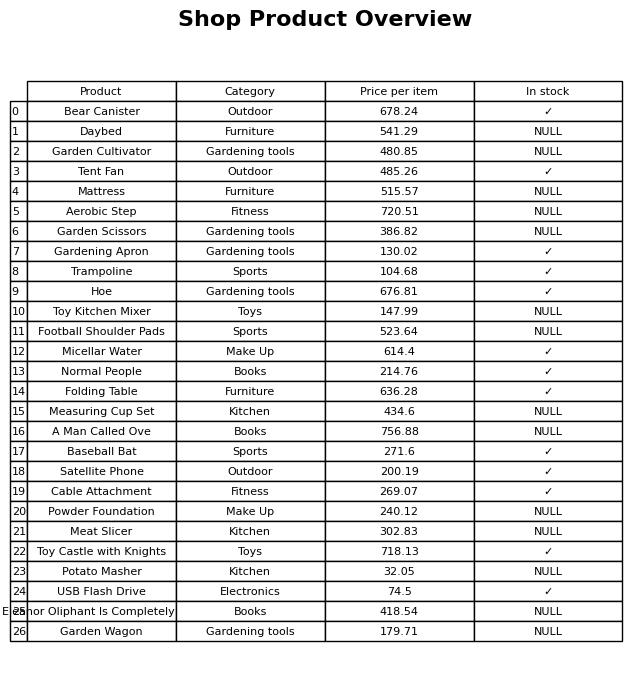
question: Is the Folding Table in stock?
answer: ✓